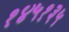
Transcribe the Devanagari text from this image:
१४५१३५